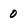
Character: 0